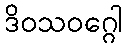
ဒိဝသဝဂ္ဂေါ